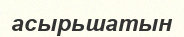
асырьшатын